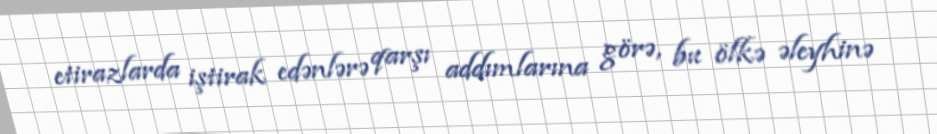
etirazlarda iştirak edənlərə qarşı addımlarına görə, bu ölkə əleyhinə